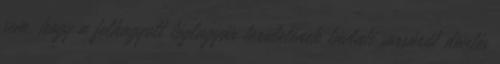
sem, hogy a felhagyott téglagyár területének távlati sorsáról döntés